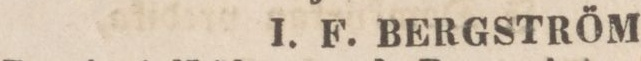
I. F. BERGSTRÖM